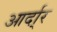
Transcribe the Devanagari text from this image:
आर्दा्र